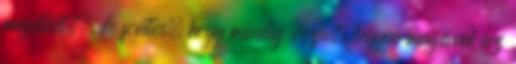
megélhető, de fontos, hogy mindig őszinte legyen magával az